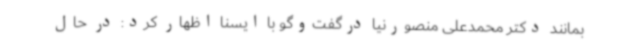
بمانند دکتر محمدعلی منصورنیا درگفت‌وگو با ایسنا اظهار کرد: در حال